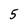
Character: 5